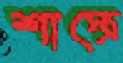
শাস্ত্রে